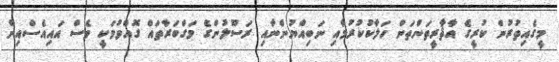
މީގެއިތުރުން ކުރީގެ އާޘާރީތަންތަން ހަލާކުކުރުމާއި ނަބިއްޔުންނާއި ރަސޫލުންގެ މަގްބަަރާތައް ގޮއްވުމަކީ ވެސް އައިއެސްއިން